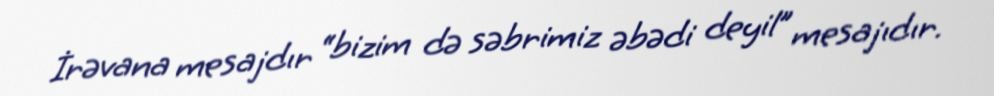
İrəvana mesajdır “bizim də səbrimiz əbədi deyil” mesajıdır.